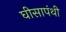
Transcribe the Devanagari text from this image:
घीसापंथी